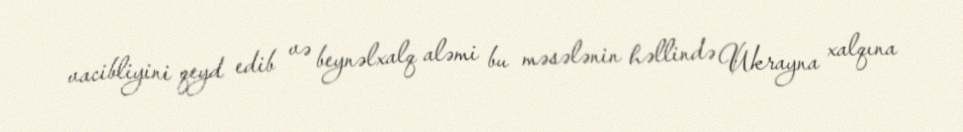
vacibliyini qeyd edib və beynəlxalq aləmi bu məsələnin həllində Ukrayna xalqına